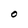
Character: O